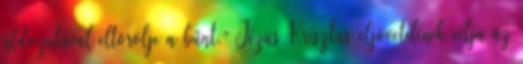
áldozatával eltörölje a bűnt.” Jézus Krisztus eljövetelének célja az